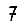
Digit: 7